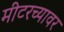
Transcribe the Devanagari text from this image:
मीटरच्यावर